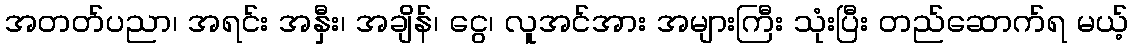
အတတ်ပညာ၊ အရင်း အနှီး၊ အချိန်၊ ငွေ၊ လူအင်အား အများကြီး သုံးပြီး တည်ဆောက်ရ မယ့်